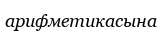
арифметикасына